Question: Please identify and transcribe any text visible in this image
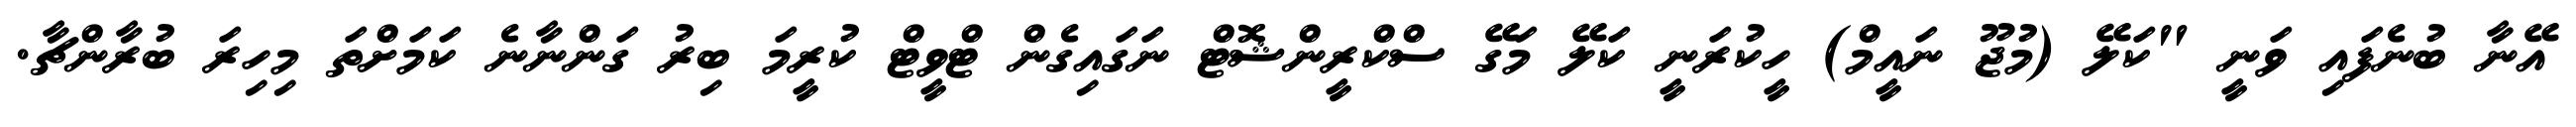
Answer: އޭނާ ބުނެފައި ވަނީ "ކަލޭ (މުޖޫ ނައީމް) ހީކުރަނީ ކަލޭ މަގޭ ސްކްރީންޝޮޓް ނަގައިގެން ޓްވީޓް ކުރީމަ ބިރު ގަންނާނެ ކަމަށްތަ މިހިރަ ބުރާންޗާ.